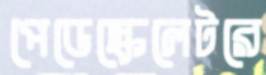
পেডেস্কেলেটরে